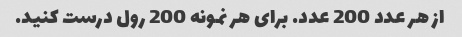
از هر عدد 200 عدد. برای هر نمونه 200 رول درست کنید.